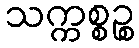
သက္ကစ္စဉ္စ